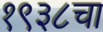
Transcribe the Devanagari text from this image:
१९३८चा